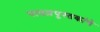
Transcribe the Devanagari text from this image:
पाठय़पुस्तकांचे